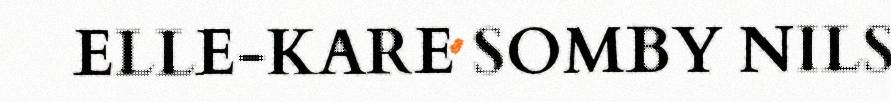
ELLE-KARE SOMBY NILS